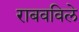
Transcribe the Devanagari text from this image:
राबवविले